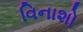
વિનાશો